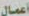
أعمال